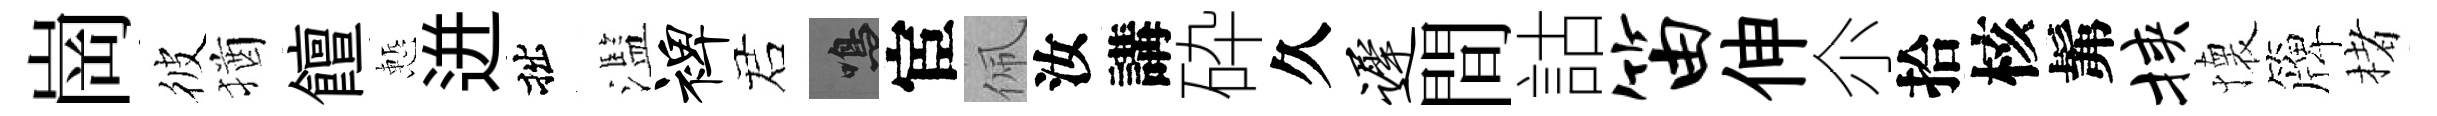
崗彼猶饘慙迸拙濫裨诺鳴宦佩汝講砕久迟間詁笛伸尒拾核髴挟懐簰楮